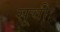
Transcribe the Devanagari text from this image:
सूचीः